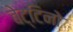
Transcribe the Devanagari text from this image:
बेट्टिनो